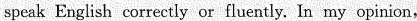
speak English correctly or fluently. In my opinion,